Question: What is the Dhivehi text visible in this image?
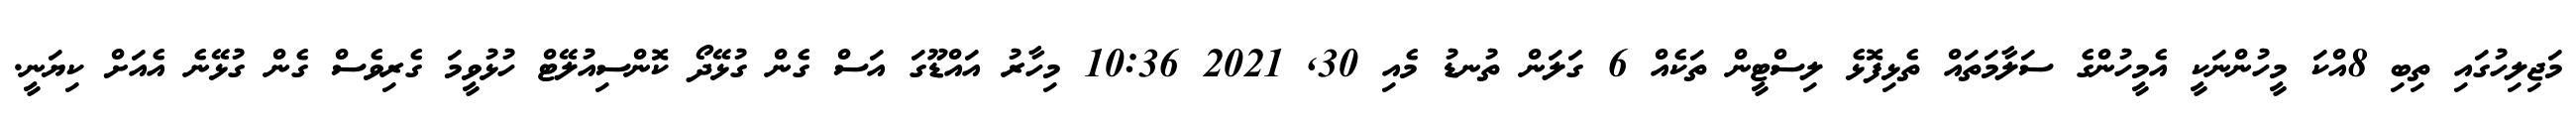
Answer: މަޖިލިހުގައި ތިބި 8އްކަ މީހުންނަކީ އެމީހުންގެ ސަލާމަތައް ތެޅިފޮޅެ ލިސްޓީން ތަކެއް 6 ގަލަން ތުނޑު މެއި 30, 2021 10:36 މިހާރު އައްޑޫގަ އަސް ގެން ގުޅޭދޯ ކޮންސިއުލޭޓް ހުޅުވީމަ ގެރިވެސް ގެން ގުޅޭނެ އެއަށް ކިޔަނީ.